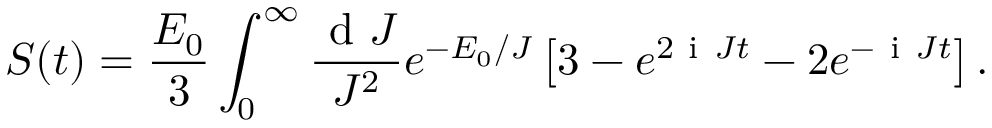
S ( t ) = \frac { E _ { 0 } } { 3 } \int _ { 0 } ^ { \infty } \frac { \ensuremath { \mathrm { ~ d ~ } } J } { J ^ { 2 } } e ^ { - E _ { 0 } / J } \left[ 3 - e ^ { 2 \ensuremath { \mathrm { ~ i ~ } } J t } - 2 e ^ { - \ensuremath { \mathrm { ~ i ~ } } J t } \right] .